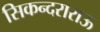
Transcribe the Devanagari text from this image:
सिकन्‍दराराऊ